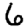
Digit: 6